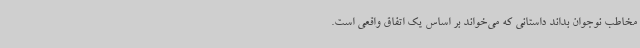
مخاطب نوجوان بداند داستانی که می‌خواند بر اساس یک اتفاق واقعی است.